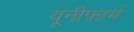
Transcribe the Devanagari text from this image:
यूनीफ़ार्म